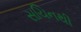
સચિનથી